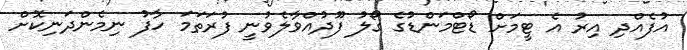
އުފެއްދި އިރު އެ ޓީމަށް ޑޯޓްމަންޑުގެ ގޯލު ފޫދުއްވާލެވުނީ ފުރަތަމަ ހާފު ނިމެންދަނިކޮށް